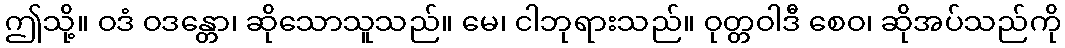
ဤသို့။ ဝဒံ ဝဒန္တော၊ ဆိုသောသူသည်။ မေ၊ ငါဘုရားသည်။ ဝုတ္တဝါဒီ စေဝ၊ ဆိုအပ်သည်ကို